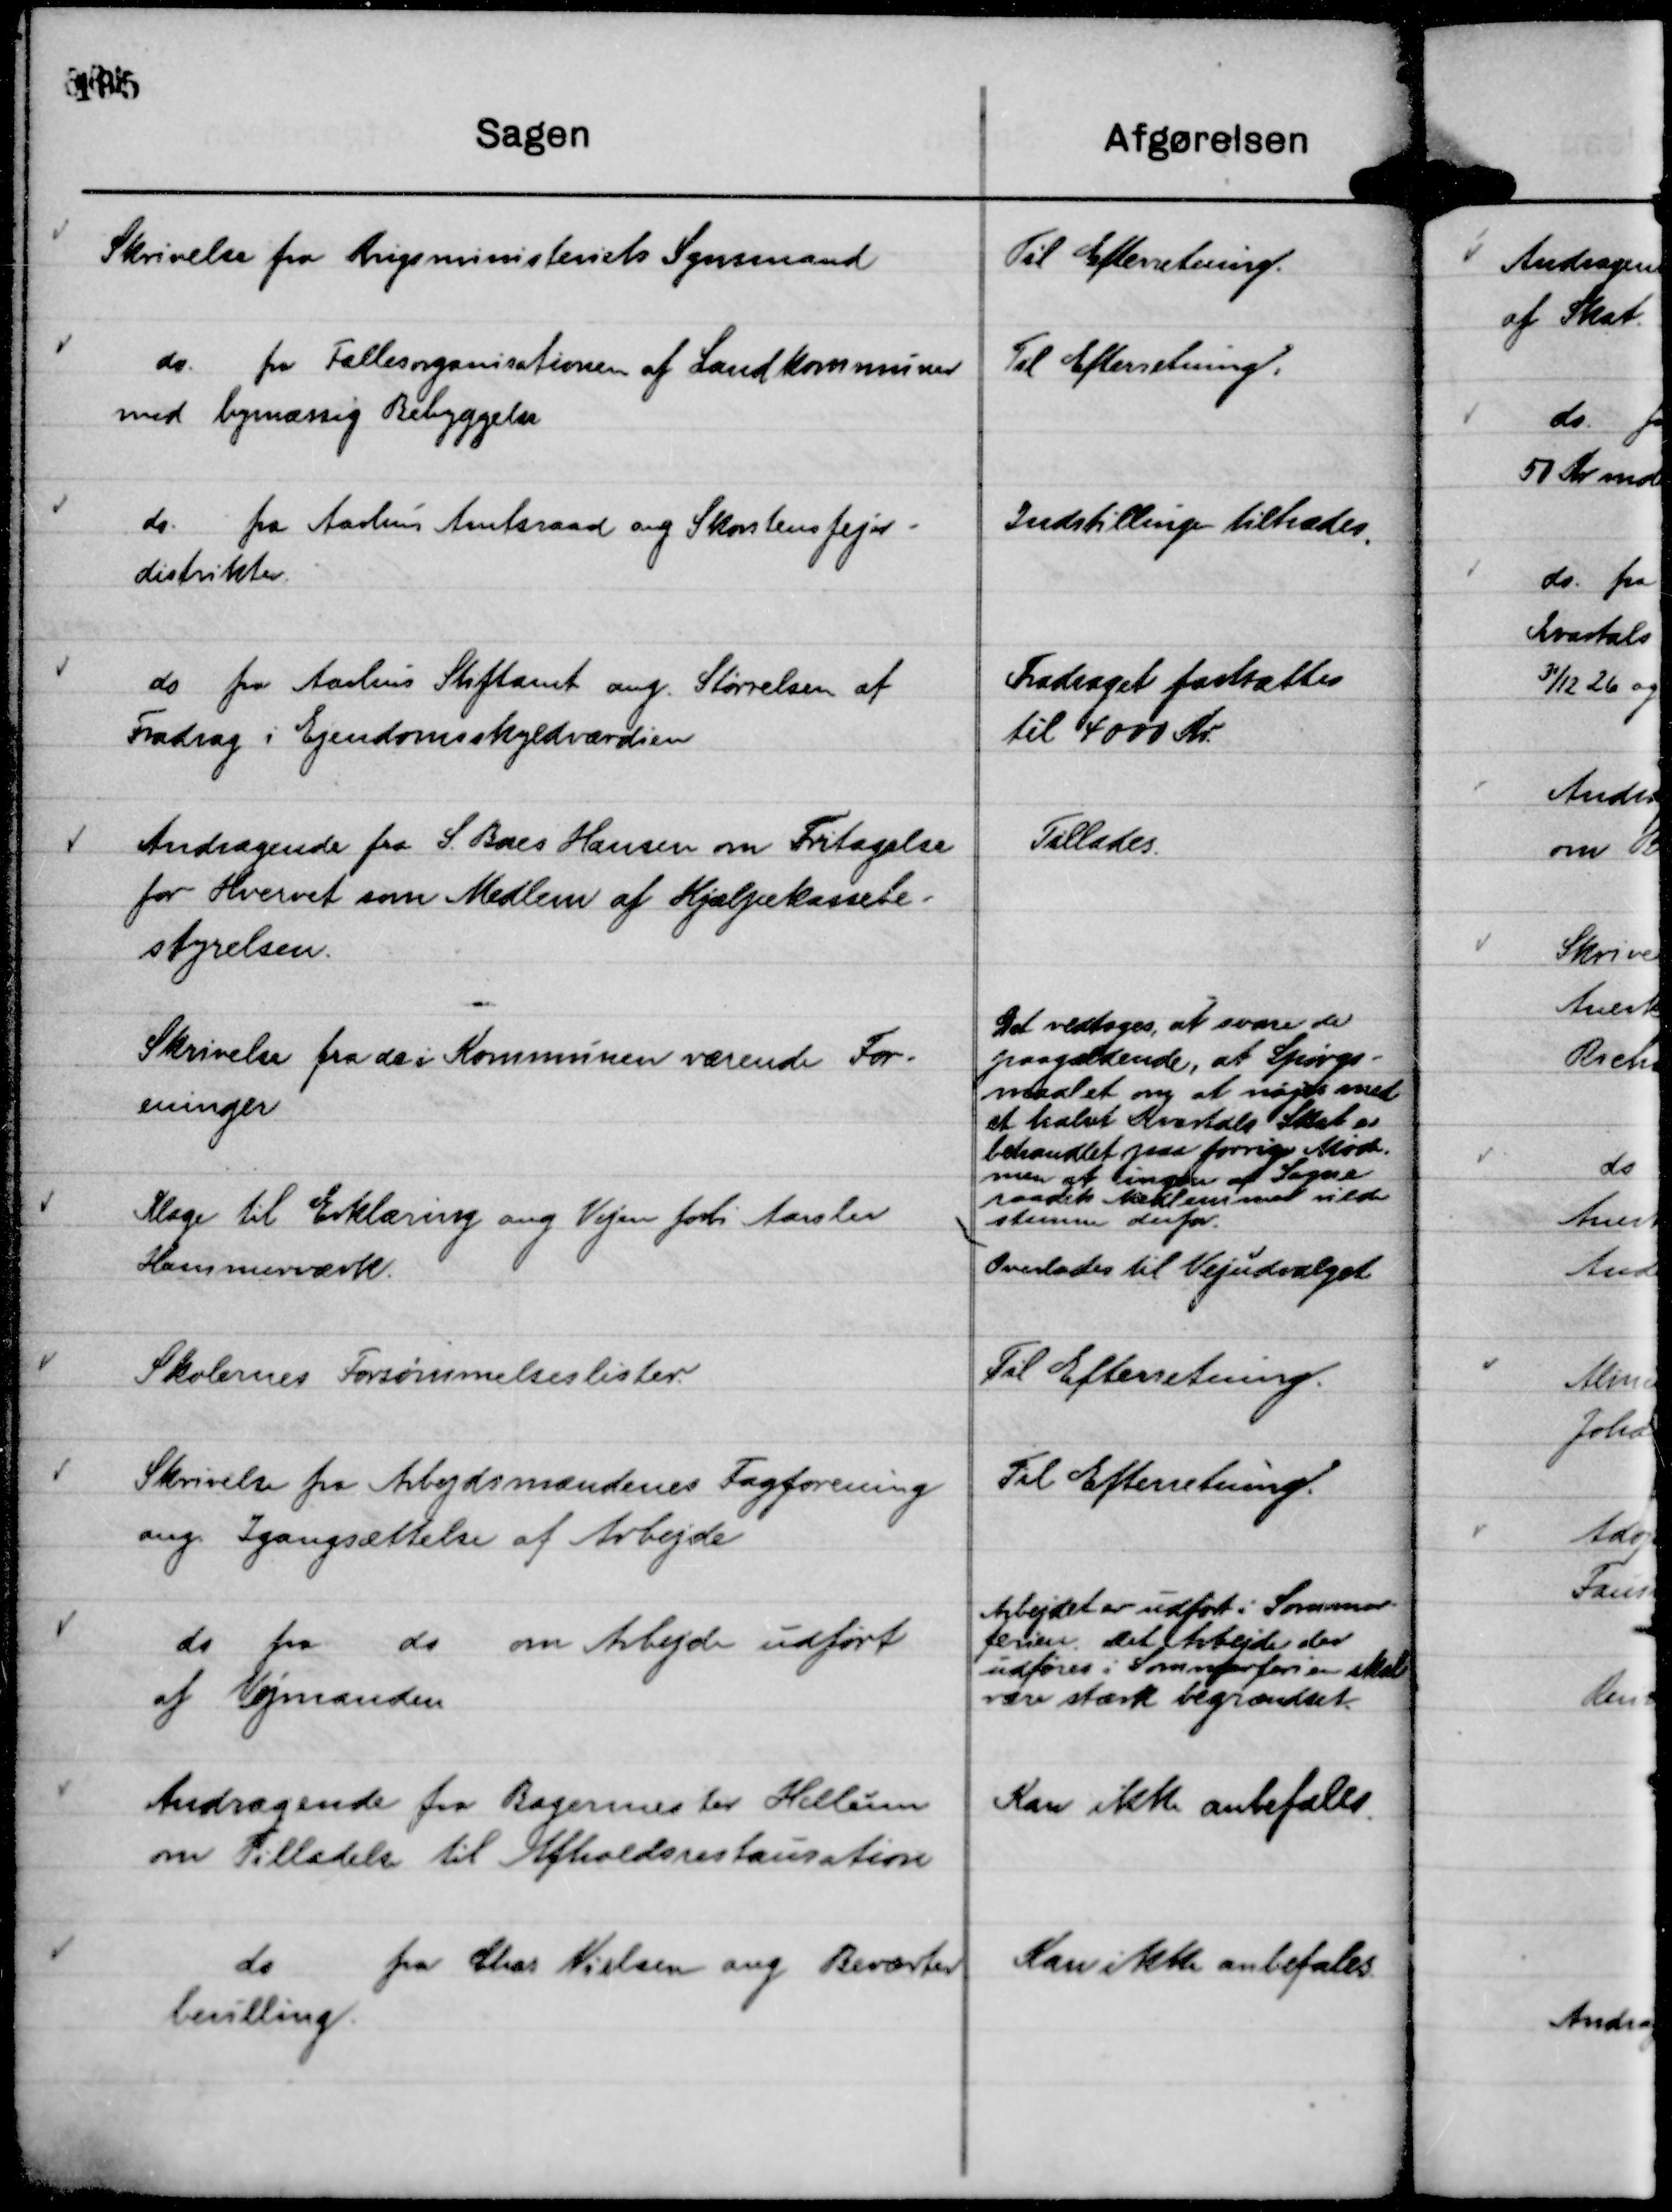
Transskription:
Skrivelse fra Krigsministeriets Synsmand

Til Efterretning.

do. fra Fællesorganisationen af Landkommuner
med bymæssig Bebyggelse

Til Efterretning.

do. fra Aarhus Amtsraad ang Skorstensfejer-
distrikter.

Indstillingen tiltrædes.

do fra Aarhus Stiftamt ang. Størrelsen af
Fradrag i Ejendomsskyldværdien

Fradraget fastsættes
til 4000 Kr.

Andragende fra S. Baes Hansen om Fritagelse
for Hvervet som Medlem af Hjælpekassebe-
styrelsen.

Tillades.

Skrivelse fra de i Kommunen værende For-
eninger

Det vedtoges, at svare de
paagældende, at Spørgs-
maalet om at nøjes med
et halvt Kvartals Skat er
behandlet paa forrige Møde,
men at ingen af Sogne-
raadets Medlemmer vilde
stemme derfor.

Klage til Erklæring ang Vejen forbi Aarslev
Hammerværk.

Overlades til Vejudvalget

Skolernes Forsømmelseslister.

Til Efterretning.

Skrivelse fra Arbejdsmændenes Fagforening
ang. Igangsættelse af Arbejde

Til Efterretning.

do fra do om Arbejde udført
af Vejmanden

Arbejdet er udført i Sommer-
ferien. Det Arbejde der
udføres i Sommerferien skal
være stærkt begrænset.

Andragende fra Bagermester Hellum
om Tilladelse til Afholdsrestauration

Kan ikke anbefales.

do
fra Chas Nielsen ang Beværter
bevilling.

Kan ikke anbefales.